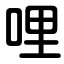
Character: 哩